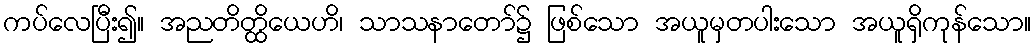
ကပ်လေပြီး၍။ အညတိတ္ထိယေဟိ၊ သာသနာတော်၌ ဖြစ်သော အယူမှတပါးသော အယူရှိကုန်သော။